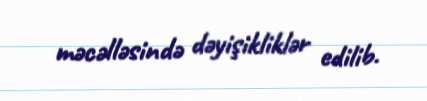
məcəlləsində dəyişikliklər edilib.